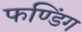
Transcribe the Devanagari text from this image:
फण्डिंग